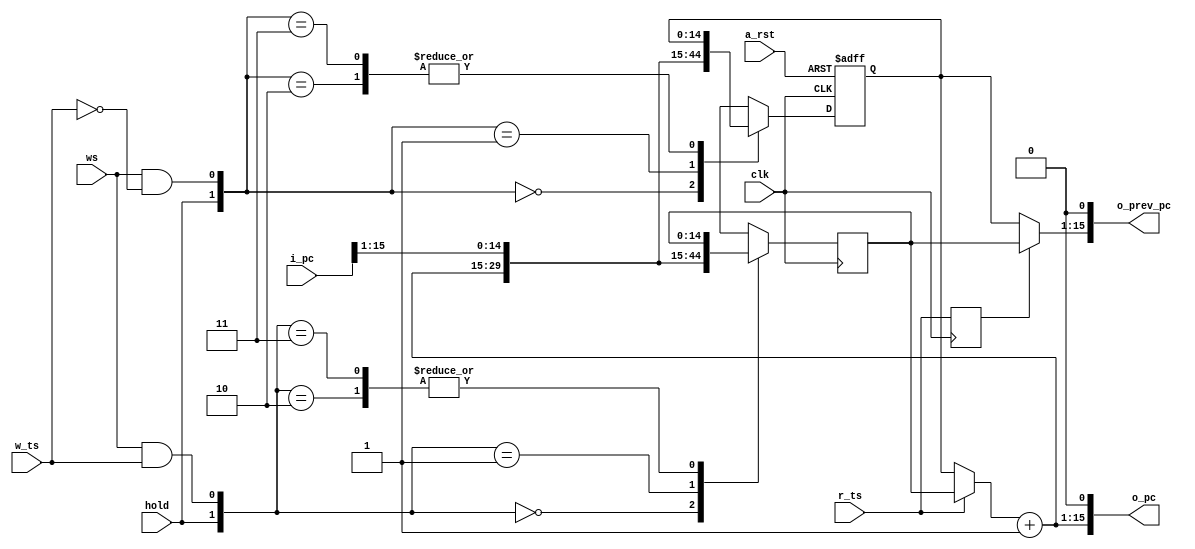
module pc_file(
    input wire          clk,      // Clock Signal
    input wire          a_rst,    // Async Reset
    input wire          r_ts,     // Read Task Selector
    input wire          w_ts,     // Write Task Selector
    input wire          ws,       // Write Select
    input wire          hold,     // Hold Value
    input wire[15:0]    i_pc,     // New PC value
    output wire[15:0]   o_pc,     // Next Instruction Address
    output wire[15:0]   o_prev_pc // Previus PC (for use in decode stage)
);

reg[14:0] pc_0;
reg[14:0] pc_1;

reg prev_pc_ts;

reg[15:0] pc_next;

wire[14:0] selected = ( r_ts ? pc_1 : pc_0 );

always @(*) begin
    pc_next = selected + 1'b1;
end

always @(posedge clk) begin
    prev_pc_ts <= r_ts;
end

// PC 0
always @(posedge clk or negedge a_rst) begin
    if (~a_rst) begin
        pc_0 <= 15'h7FFF;
    end else begin
        case ({hold, ws & ~w_ts})
        2'b00: pc_0 <= pc_next;
        2'b01: pc_0 <= i_pc[15:1];
        2'b10: pc_0 <= pc_0;
        2'b11: pc_0 <= pc_0;
        endcase
    end
end

// PC 1
always @(posedge clk) begin
    case ({hold, ws & w_ts})
    2'b00: pc_1 <= pc_next;
    2'b01: pc_1 <= i_pc[15:1];
    2'b10: pc_1 <= pc_1;
    2'b11: pc_1 <= pc_1;
    endcase
end

assign o_pc = { pc_next, 1'b0 };
assign o_prev_pc = { prev_pc_ts ? pc_1 : pc_0, 1'b0 };

endmodule